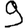
Digit: 9